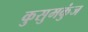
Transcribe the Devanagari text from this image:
कुसुमकुंज